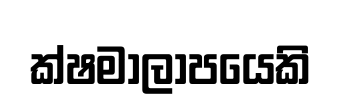
ක්ෂමාලාපයෙකි